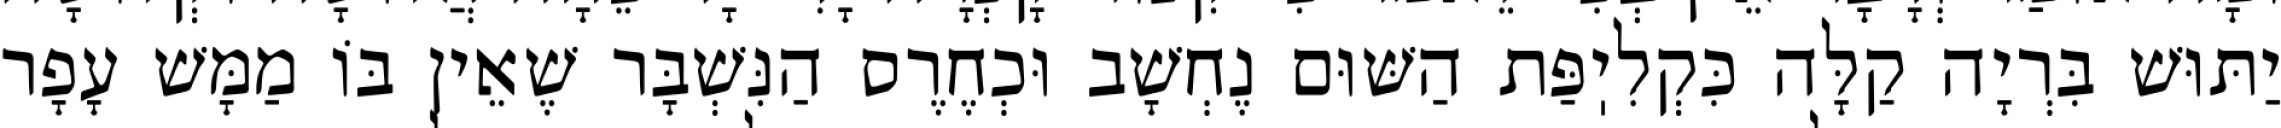
יַתּוּשׁ בִּרְיָה קַלָּה כִּקְלִיֽפַּת הַשּׁוּם נֶחְשָׁב וּכְחֶרֶס הַנִּשְׁבָּר שֶׁאֵין בּוֹ מַמָּשׁ עָפָר